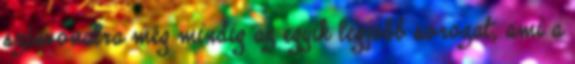
színvonalra még mindig az egyik legjobb sorozat, ami a